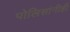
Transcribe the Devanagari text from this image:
पोलिसांनीही